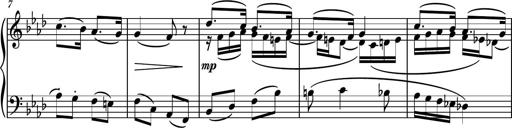
Title: Piano Sonatina II
Composer: Dimitri Sykias
Key: F major